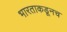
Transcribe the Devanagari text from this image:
भारताकडूनच